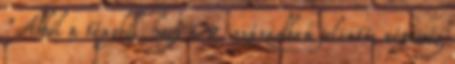
"Abból a tényből, hogy a 8. században jelentős népesség